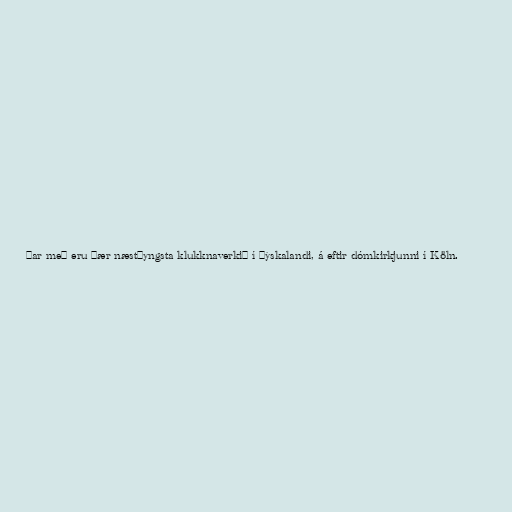
Þar með eru þær næstþyngsta klukknaverkið í Þýskalandi, á eftir dómkirkjunni í Köln.